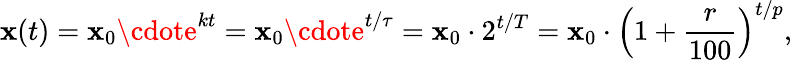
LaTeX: \mathbf{x}(t)=\mathbf{x}_{0}\cdote^{kt}=\mathbf{x}_{0}\cdote^{t/\tau}=\mathbf{x}_{0}\cdot2^{t/T}=\mathbf{x}_{0}\cdot\left(1+{\frac{{r}}{{100}}}\right)^{t/p},